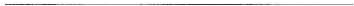
___